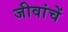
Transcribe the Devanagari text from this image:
जीवांचें